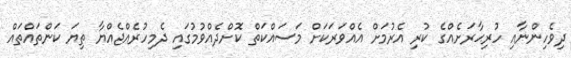
ދިވެހިންނާއި ހުރިޙާރަށެއްގެ ކުރި އެރުމަށް އެއްވަރަކަށް މަސައްކަތް ކޮށްދެއްވުމުގައި ދެމިހުރެއްޖެއްޔާ ތިޔަ ކަންތައްތައް